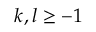
k , l \ge - 1